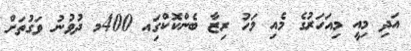
އަދި މިއީ މިއަހަރުގެ މެއި މަހު ރިޒާ ބެންކޮކްގަިއ 400މ ދުވުނު ވަގުތަށް